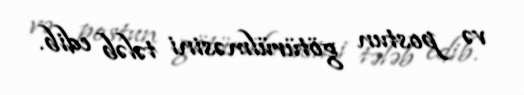
və postun götürülməsini tələb edib.